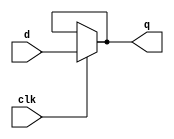
module latch_1(q,d,clk);
output q;
input d,clk;
assign q = clk ? d : q;
endmodule